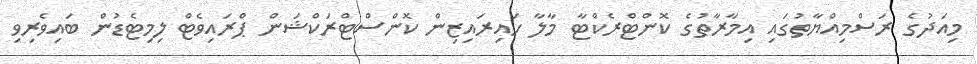
މިއަދުގެ ރަސްމިއްޔާތުގައި އިމާރާތުގެ ކޮންޓްރެކްޓާ މާލާ ހައިރައިޒިން ކޮންސްޓްރަކްޝަން ޕްރައިވެޓް ލިމިޓެޑުން ބައިވެރިވި